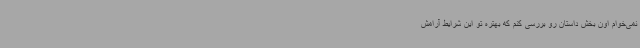
نمی‌خوام اون بخش داستان رو بررسی کنم که بهتره تو این شرایط آرامش